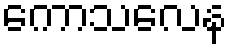
ကောသလေန